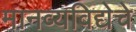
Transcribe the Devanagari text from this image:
मानव्यविद्येचे